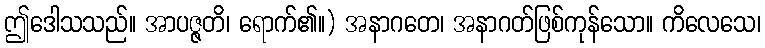
ဤဒေါသသည်။ အာပဇ္ဇတိ၊ ရောက်၏။) အနာဂတေ၊ အနာဂတ်ဖြစ်ကုန်သော။ ကိလေသေ၊